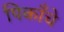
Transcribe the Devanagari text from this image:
पिकाँचे